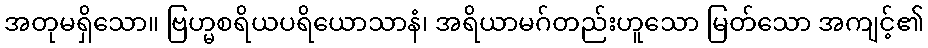
အတုမရှိသော။ ဗြဟ္မစရိယပရိယောသာနံ၊ အရိယာမဂ်တည်းဟူသော မြတ်သော အကျင့်၏